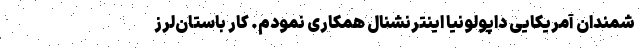
شمندان آمریکایی داپولونیا اینترنشنال همکاری نمودم. کار باستان‌لرز